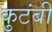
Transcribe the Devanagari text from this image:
कुटंबी